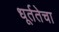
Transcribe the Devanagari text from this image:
धूर्ततेचा